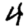
Digit: 4